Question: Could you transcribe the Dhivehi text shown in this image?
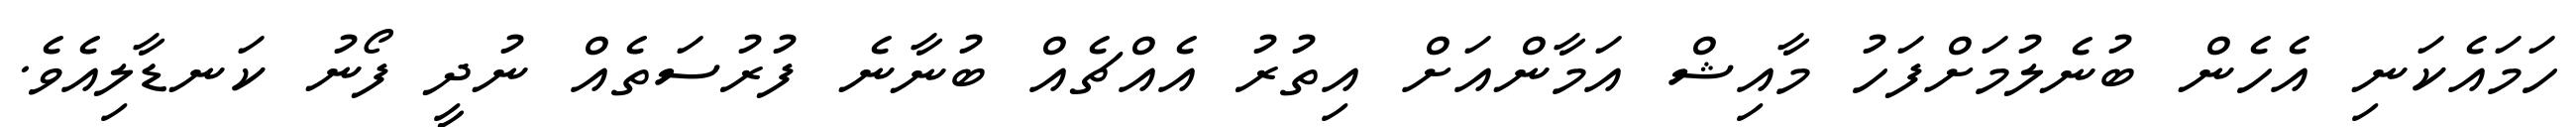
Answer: ހަމައެކަނި އެހެން ބުނެލުމަށްފަހު މާއިޝް އަމާންއަށް އިތުރު އެއްޗެއް ބުނާނެ ފުރުސަތެއް ނުދީ ފޯނު ކަނޑާލިއެވެ.